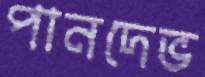
পানদেভ